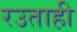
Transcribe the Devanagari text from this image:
रउताही